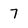
Character: 7